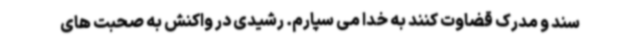
سند و مدرک قضاوت کنند به خدا می سپارم. رشیدی در واکنش به صحبت های